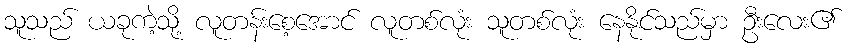
သူသည် ယခုကဲ့သို့ လူတန်းစေ့အောင် လူတစ်လုံး သူတစ်လုံး နေနိုင်သည်မှာ ဦးလေး၏